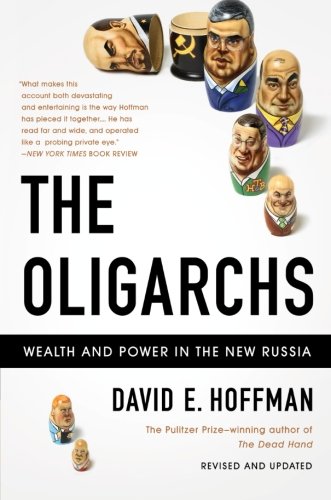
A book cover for The Oligarchs: Wealth And Power In The New Russia; David E. Hoffman; Business & Money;